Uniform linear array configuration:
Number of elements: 32
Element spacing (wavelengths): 0.25
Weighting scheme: hamming
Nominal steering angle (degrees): -45
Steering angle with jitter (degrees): -43.471
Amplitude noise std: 0.05
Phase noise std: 0.05

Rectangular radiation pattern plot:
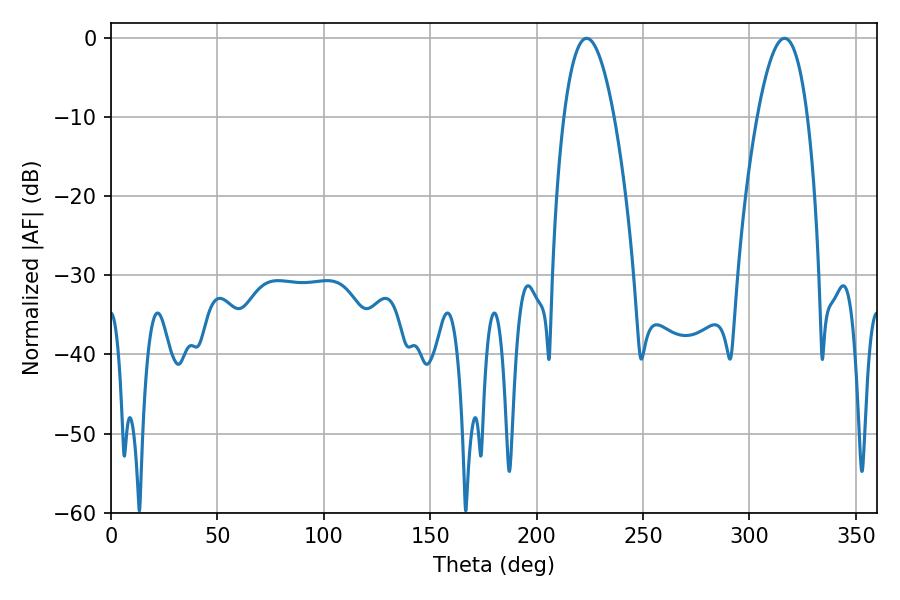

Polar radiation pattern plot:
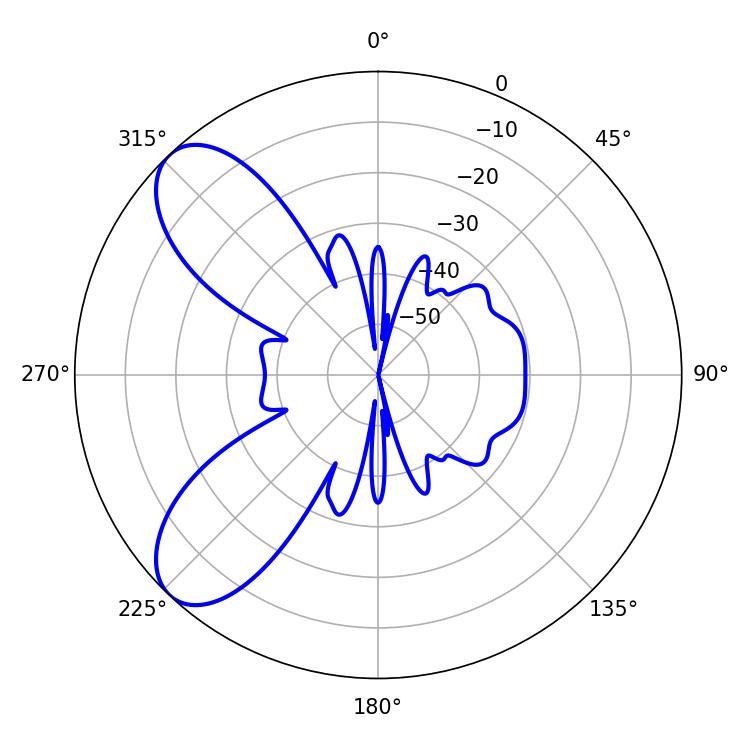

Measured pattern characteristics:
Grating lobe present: FALSE
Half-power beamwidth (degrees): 13.14
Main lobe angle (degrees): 223.56